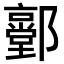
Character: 𨟐